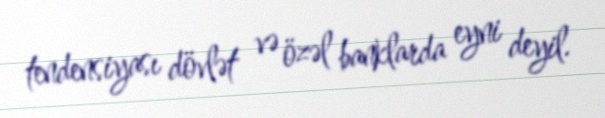
tendensiyası dövlət və özəl banklarda eyni deyil.